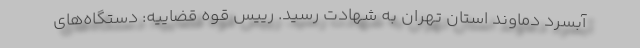
آبسرد دماوند استان تهران به شهادت رسید. رییس قوه قضاییه: دستگاه‌های